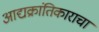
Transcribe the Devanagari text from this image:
आद्यक्रांतिकाराचा